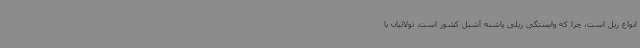
انواع ریل است، چرا که وابستگی ریلی پاشنه آشیل کشور است. تولائیان با